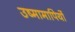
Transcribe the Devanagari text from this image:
उष्मामापियों